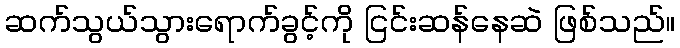
ဆက်သွယ်သွားရောက်ခွင့်ကို ငြင်းဆန်နေဆဲ ဖြစ်သည်။